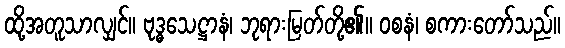
ထို့အတူသာလျှင်။ ဗုဒ္ဓသေဋ္ဌာနံ၊ ဘုရားမြတ်တို့၏။ ဝစနံ၊ စကားတော်သည်။